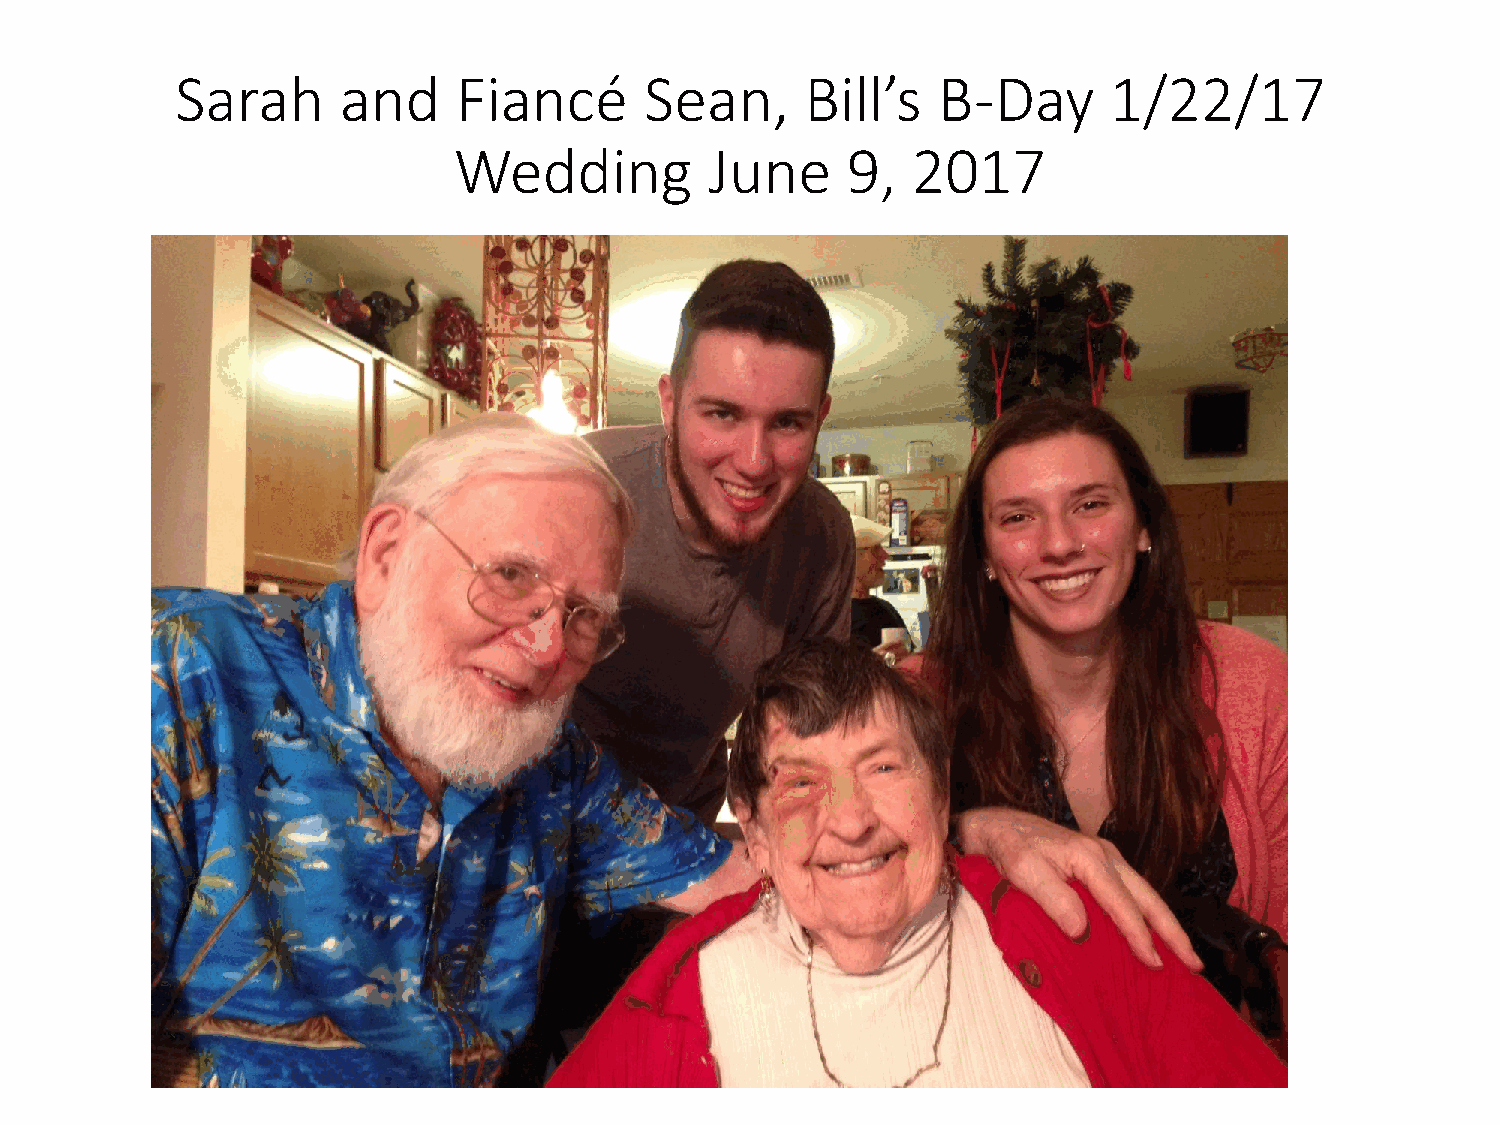
Sarah     and     Fiancé       Sean,     Bill’s   B-Day      1/22/17
 Wedding          June     9,  2017